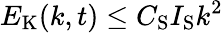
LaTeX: E_{\mathrm{K}}(k,t)\leq C_{\mathrm{S}}I_{\mathrm{S}}k^{2}